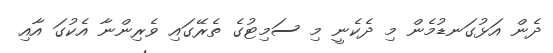
ދެން އަޅުގަނޑުމެން މި ދެކެނީ މި ސަމިޓުގެ ތެރޭގައި ވެރިންނާ އެކުގަ އާއި